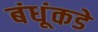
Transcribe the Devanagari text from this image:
बंधूंकडे